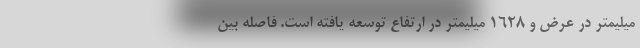
میلیمتر در عرض و 1628 میلیمتر در ارتفاع توسعه یافته است. فاصله بین